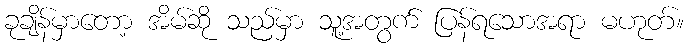
ခုချိန်မှာတော့ အိမ်ဆို သည်မှာ သူ့အတွက် ပြန်ရသောအရာ မဟုတ်။